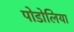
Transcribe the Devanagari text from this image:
पोडोलिया